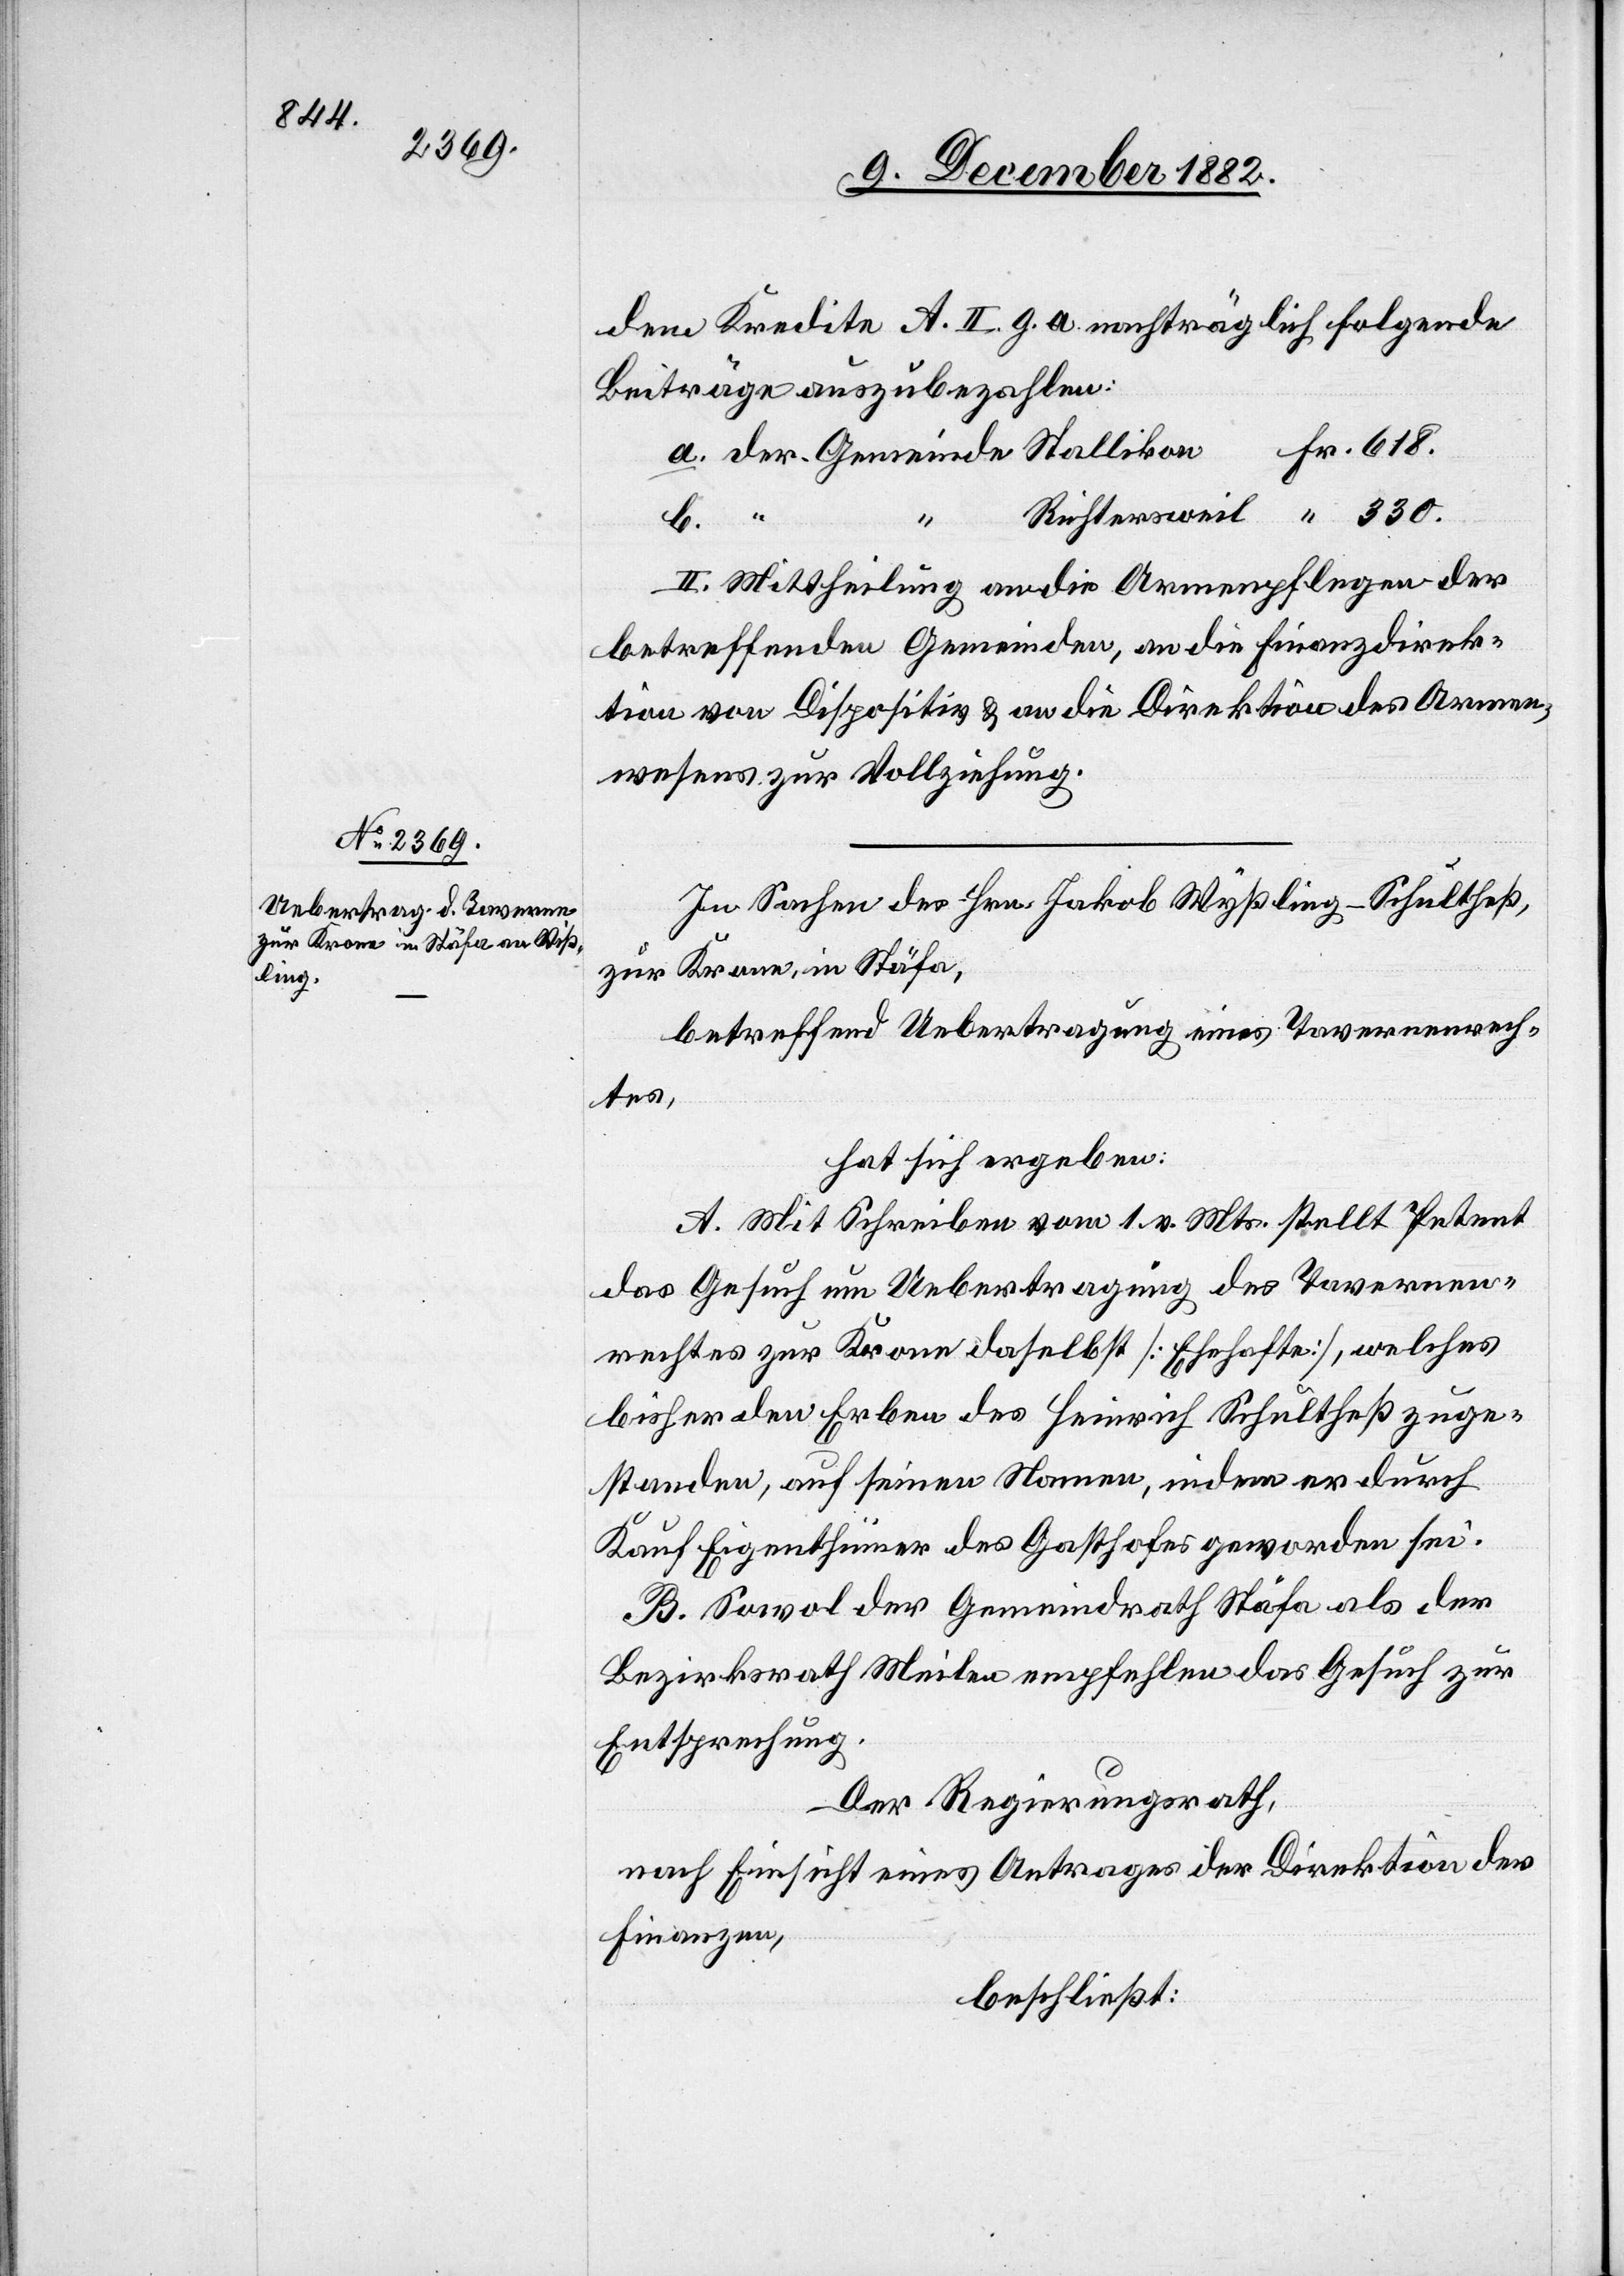
dem Kredite A. II. g. a. nachträglich folgende
Beiträge auszubezahlen:
a.
Fr.
II. Mittheilung an die Armenpflegen der
betreffenden Gemeinden, an die Finanzdirek¬
tion von Dispositiv [sic!] & an die Direktion des Armen¬
wesens zur Vollziehung.
In Sachen des Hrn. Jakob Wyßling-Schultheß
zur Krone, in Stäfa,
betreffend Uebertragung eines Tavernenrech¬
tes,
hat sich ergeben:
A. Mit Schreiben vom 1. v. Mts. stellt Petent
das Gesuch um Uebertragung des Tavernen¬
rechtes zur Krone daselbst [Ehehafte], welches
bisher den Erben des Heinrich Schultheß zuge¬
standen, auf seinen Namen, indem er durch
Kauf Eigenthümer des Gasthofes geworden sei.
B. Sowol der Gemeindrath Stäfa als der
Bezirksrath Meilen empfehlen das Gesuch zur
Entsprechung.
Der Regierungsrath,
nach Einsicht eines Antrages der Direktion der
Finanzen,
beschließt: